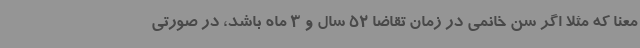
معنا که مثلا اگر سن خانمی در زمان تقاضا 52 سال و 3 ماه باشد، در صورتی